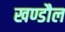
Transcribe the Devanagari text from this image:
खण्डौल